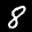
Label: 8